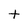
Character: t